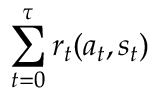
\sum _ { t = 0 } ^ { \tau } r _ { t } ( a _ { t } , s _ { t } )